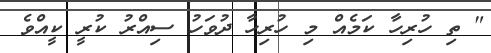
" ތި ހުރިހާ ކަމެއް މި ހުރިހާ ދުވަހު ސިއްރު ކުރީ ކީއްވެ